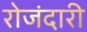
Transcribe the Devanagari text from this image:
रोजंदारी